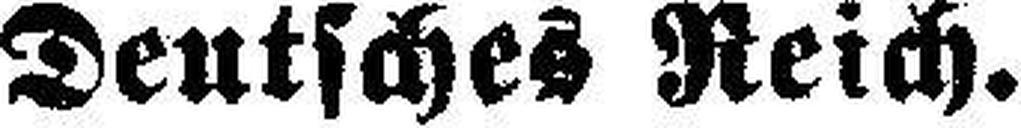
Deutsches Reich.